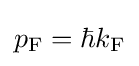
p_{\mathrm {F} }=\hbar k_{\mathrm {F} }